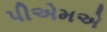
પીએમએ